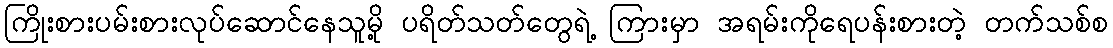
ကြိုးစားပမ်းစားလုပ်ဆောင်နေသူမို့ ပရိတ်သတ်တွေရဲ့ ကြားမှာ အရမ်းကိုရေပန်းစားတဲ့ တက်သစ်စ